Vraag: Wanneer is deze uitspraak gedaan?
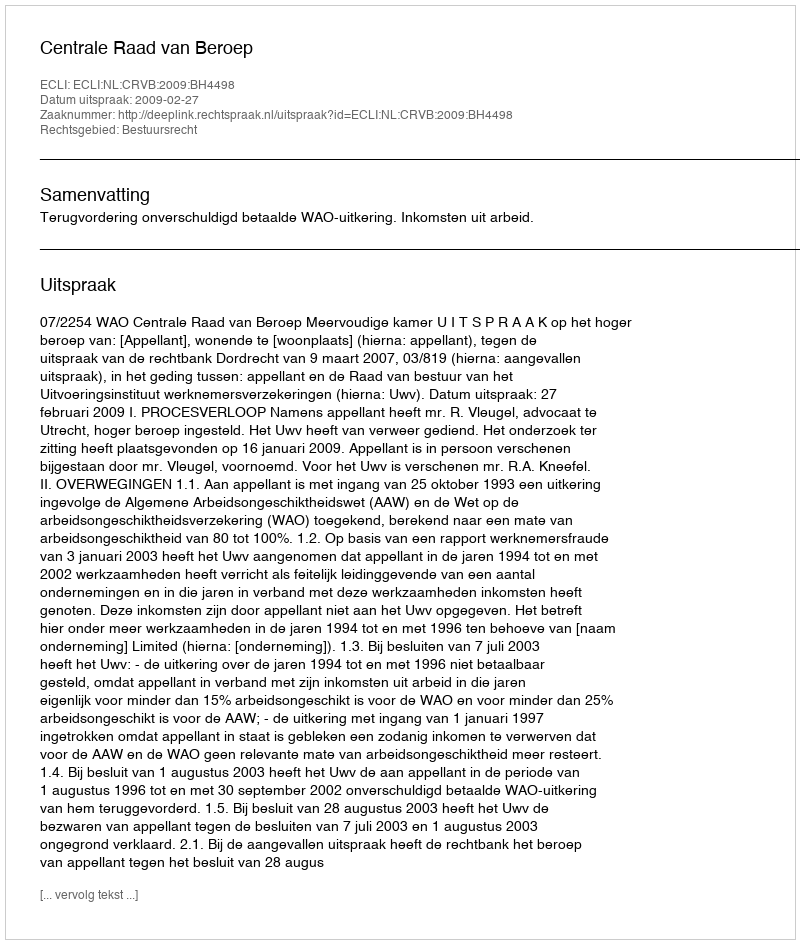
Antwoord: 2009-02-27